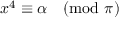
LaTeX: x ^ { 4 } \equiv \alpha { \pmod { \pi } }